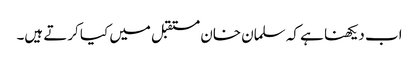
اب دیکھنا ہے کہ سلمان خان مستقبل میں کیا کرتے ہیں۔